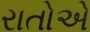
રાતોએ